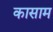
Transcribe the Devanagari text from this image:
कासाम